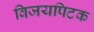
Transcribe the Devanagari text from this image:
विजयपिटक